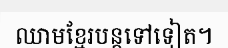
ឈាមខ្មែរបន្តទៅទៀត។